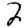
Digit: 2